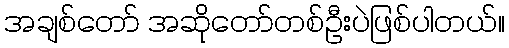
အချစ်တော် အဆိုတော်တစ်ဦးပဲဖြစ်ပါတယ်။